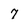
Character: 7